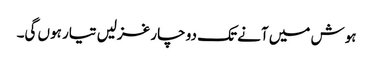
ہوش میں آنے تک دو چار غزلیں تیار ہوں گی۔